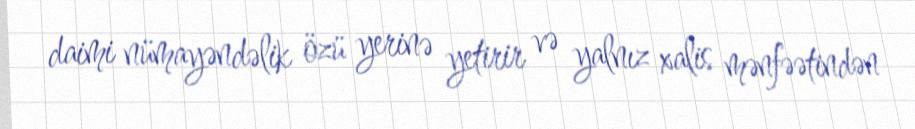
daimi nümayəndəlik özü yerinə yetirir və yalnız xalis mənfəətindən